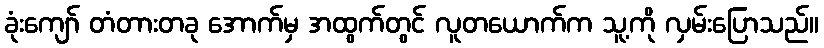
ခုံးကျော် တံတားတခု အောက်မှ အထွက်တွင် လူတယောက်က သူ့ကို လှမ်းပြောသည်။